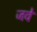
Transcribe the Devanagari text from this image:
जवे